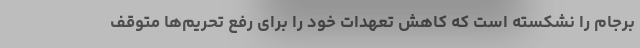
برجام را نشکسته است که کاهش تعهدات خود را برای رفع تحریم‌ها متوقف